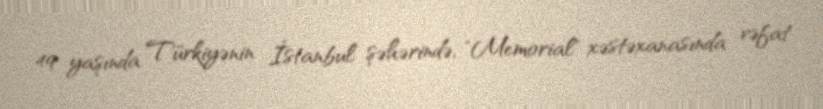
49 yaşında Türkiyənin İstanbul şəhərində, "Memorial" xəstəxanasında vəfat